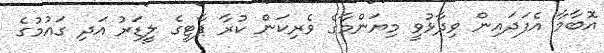
އޮބާމާ އެފަދައިން ވިދާޅުވީ މިޔަންމާގެ ވެރިކަން ކުރާ ޕާޓީގެ ލީޑަރު އަދި ގައުމުގެ